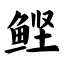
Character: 鲣